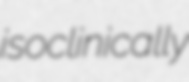
isoclinically